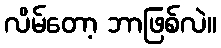
လိမ်တော့ ဘာဖြစ်လဲ။